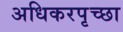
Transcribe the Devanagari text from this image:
अधिकरपृच्छा